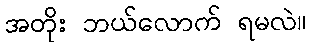
အတိုး ဘယ်လောက် ရမလဲ။